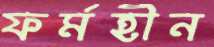
ফর্মহীন